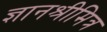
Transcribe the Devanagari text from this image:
ज्ञानश्रीमित्र